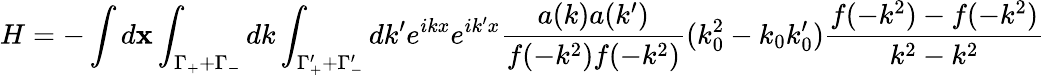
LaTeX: H=-\int d{\mathbf x}\int_{\Gamma_{+}+\Gamma_{-}}dk\int_{\Gamma_{+}^{\prime}+\Gamma_{-}^{\prime}}dk^{\prime}e^{ikx}e^{ik^{\prime}x}\frac{a(k)a(k^{\prime})}{f(-k^{2})f(-k^{2})}(k_{0}^{2}-k_{0}k_{0}^{\prime})\frac{f(-k^{2})-f(-k^{2})}{k^{2}-k^{2}}